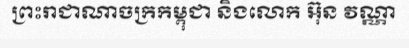
ព្រះរាជាណាចក្រកម្ពុជា និងលោក អ៊ុន វណ្ណា